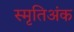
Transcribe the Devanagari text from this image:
स्मृतिअंक